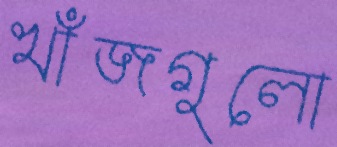
খাঁজগুলো